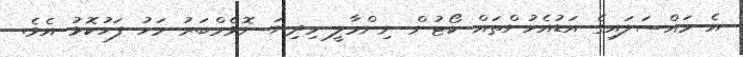
އެ މައްސަލައިގެ އަޑުއެހުންތައް ކޯޓުން ނިންމާލީ މިދިޔަ ނޮވެމްބަރު މަހު ފަހުކޮޅު އެވެ.